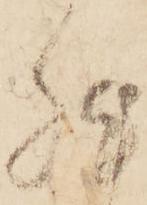
然